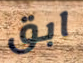
ابق